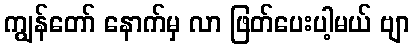
ကျွန်တော် နောက်မှ လာ ဖြတ်ပေးပါ့မယ် ဗျာ